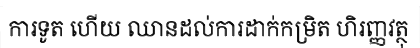
ការទូត ហើយ ឈានដល់ការដាក់កម្រិត ហិរញ្ញវត្ថុ